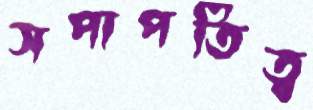
সপাপতিত্ব